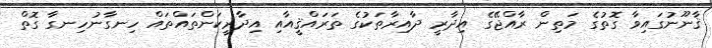
ޤާނޫނުގައިވާ ގޮތުގެ މަތިން ރާއްޖޭގެ އިދާރީ ދާއިރާތަކުގެ ތަރައްޤީއާއި އިދާރީކަންތައްތައް ހިނގާނުހިނގާ ގޮތް